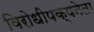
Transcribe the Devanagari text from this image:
विरोधीपक्षनेता